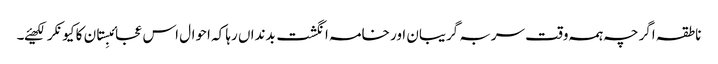
ناطقہ اگرچہ ہمہ وقت سربہ گریبان اور خامہ انگشت بدنداں رہا کہ احوال اس عجائبِستان کا کیونکر لکھیئے۔